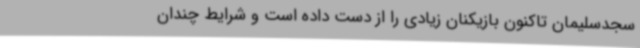
سجدسلیمان تاکنون بازیکنان زیادی را از دست داده است و شرایط چندان